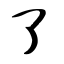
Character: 了